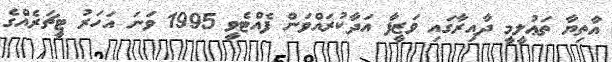
އާތިޔާ ތަޢުލީމީ ދާއިރާގައި ވަޒީފާ އަދާކުރައްވަން ފެއްޓެވީ 1995 ވަނަ އަހަރު ޓީޗަރެއްގެ